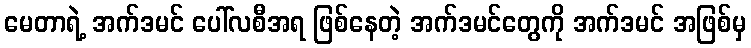
မေတာရဲ့ အက်ဒမင် ပေါ်လစီအရ ဖြစ်နေတဲ့ အက်ဒမင်တွေကို အက်ဒမင် အဖြစ်မှ